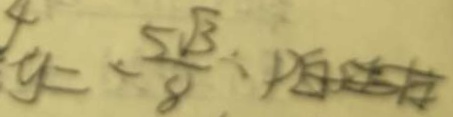
4 y = - \frac { 5 \sqrt { 3 } } { 8 }